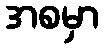
အစမှာ